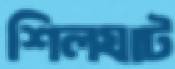
শিলঘাট